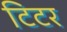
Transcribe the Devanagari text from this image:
टिटर